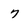
Character: 7